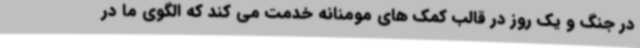
در جنگ و یک روز در قالب کمک های مومنانه خدمت می کند که الگوی ما در